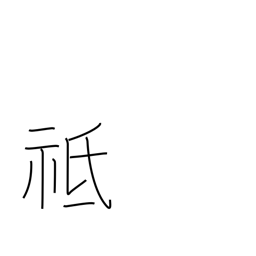
Meaning: respectful